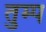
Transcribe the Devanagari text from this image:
तुम्प